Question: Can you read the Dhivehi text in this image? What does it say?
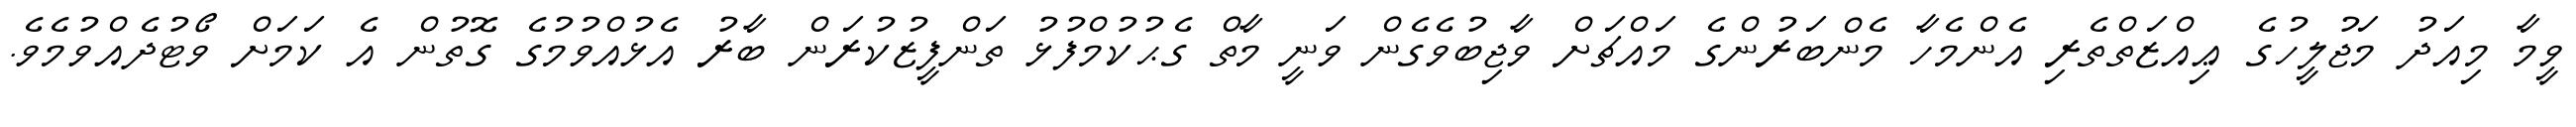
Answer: ވީމާ މިއަދު މަޖުލީހުގެ ޢިއްޒަތްތެރި އެންމެހާ މެންބަރުންގެ މައްޗަށް ވާޖިބުވެގެން ވަނީ މާތް ގެޙުކުމްފުޅު ތަންފީޒުކުރަން ބާރު އެޅުއްވުމުގެ ގޮތުން އެ ކަމަށް ވޯޓުދެއްވުމެވެ.